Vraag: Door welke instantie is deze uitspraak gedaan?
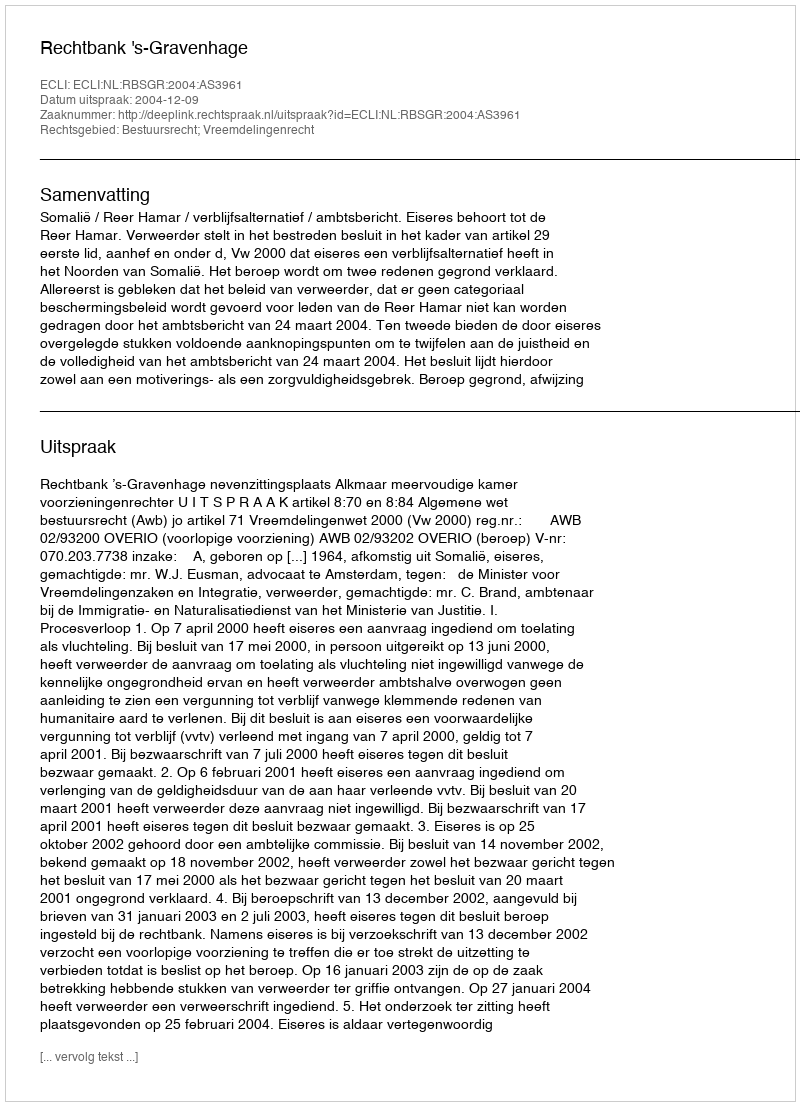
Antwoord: Rechtbank 's-Gravenhage